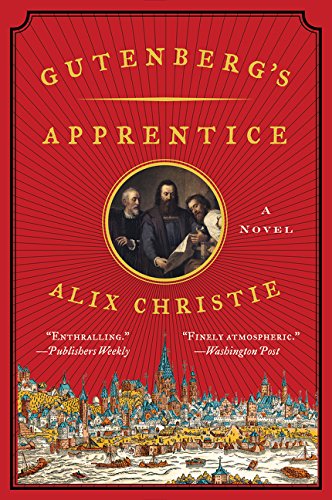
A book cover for Gutenberg's Apprentice: A Novel; Alix Christie; Literature & Fiction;